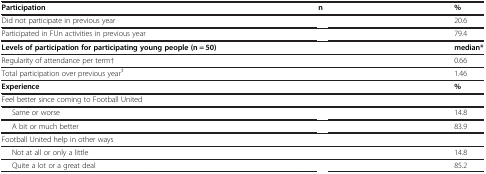
<table><thead><tr><td><b>Participation</b></td><td><b>n</b></td><td><b>%</b></td></tr></thead><tbody><tr><td>Did not participate in previous year</td><td>[EMPTY_CELL]</td><td>20.6</td></tr><tr><td>Participated in FUn activities in previous year</td><td>[EMPTY_CELL]</td><td>79.4</td></tr><tr><td><b>Levels of participation for participating young people (n = 50)</b></td><td>[EMPTY_CELL]</td><td><b>median*</b></td></tr><tr><td>Regularity of attendance per term†</td><td>[EMPTY_CELL]</td><td>0.66</td></tr><tr><td>Total participation over previous year<sup>‡</sup></td><td>[EMPTY_CELL]</td><td>1.46</td></tr><tr><td><b>Experience</b></td><td>[EMPTY_CELL]</td><td><b>%</b></td></tr><tr><td>Feel better since coming to Football United</td><td>[EMPTY_CELL]</td><td>[EMPTY_CELL]</td></tr><tr><td>Same or worse</td><td>[EMPTY_CELL]</td><td>14.8</td></tr><tr><td>A bit or much better</td><td>[EMPTY_CELL]</td><td>83.9</td></tr><tr><td>Football United help in other ways</td><td>[EMPTY_CELL]</td><td>[EMPTY_CELL]</td></tr><tr><td>Not at all or only a little</td><td>[EMPTY_CELL]</td><td>14.8</td></tr><tr><td>Quite a lot or a great deal</td><td>[EMPTY_CELL]</td><td>85.2</td></tr></tbody></table>